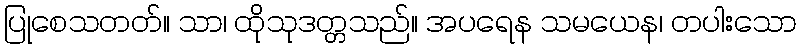
ပြုစေသတတ်။ သာ၊ ထိုသုဒတ္တသည်။ အပရေန သမယေန၊ တပါးသော